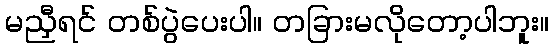
မညှီရင် တစ်ပွဲပေးပါ။ တခြားမလိုတော့ပါဘူး။